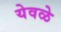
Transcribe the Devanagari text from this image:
येवळे